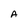
Character: A